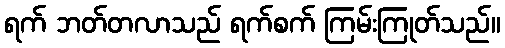
ရက် ဘတ်တလာသည် ရက်စက် ကြမ်းကြုတ်သည်။